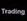
trading